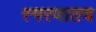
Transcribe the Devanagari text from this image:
स्मरणातच